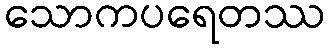
သောကပရေတဿ